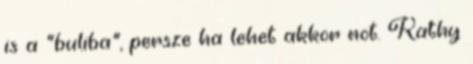
is a "buliba“, persze ha lehet akkor not. Kathy